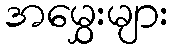
အမွှေးများ